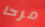
مرحا